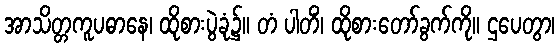
အာသိတ္တကူပဓာနေ၊ ထိုစားပွဲခုံ၌။ တံ ပါတိံ၊ ထိုစားတော်ခွက်ကို။ ဌပေတွာ၊